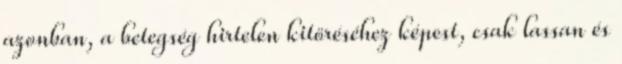
azonban, a betegség hirtelen kitöréséhez képest, csak lassan és